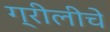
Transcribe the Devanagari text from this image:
ग्रीलीचे